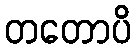
တတောပိ